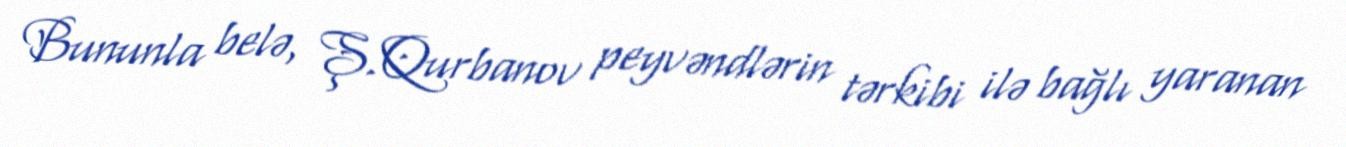
Bununla belə, Ş.Qurbanov peyvəndlərin tərkibi ilə bağlı yaranan